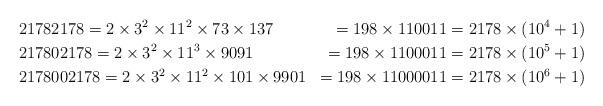
LaTeX: \begin{align*}&21782178=2\times 3^2\times 11^2\times 73\times 137&=198\times 110011&=2178\times(10^4+1)\\&217802178=2\times 3^2\times 11^3\times 9091&=198\times 1100011&=2178\times(10^5+1)\\&2178002178=2\times 3^2\times 11^2\times 101\times 9901&=198\times 11000011&=2178\times(10^6+1)\\\end{align*}